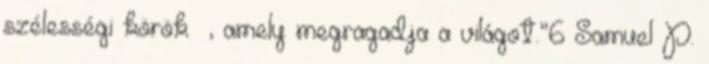
szélességi körök –, amely megragadja a világot.”6 Samuel P.